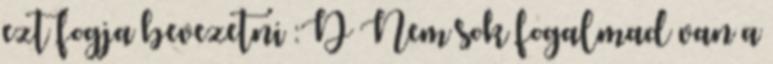
ezt fogja bevezetni :D Nem sok fogalmad van a